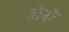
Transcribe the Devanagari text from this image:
तीनोँ